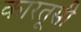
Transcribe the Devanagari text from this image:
कारतूसी